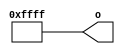
/* Generated by Yosys 0.27+9 (git sha1 101d19bb6, gcc 11.2.0-7ubuntu2 -fPIC -Os) */

(* top =  1  *)

module bsg_tiehi(o);
  
  output [15:0] o;
  wire [15:0] o;
  assign o = 16'hffff;
endmodule